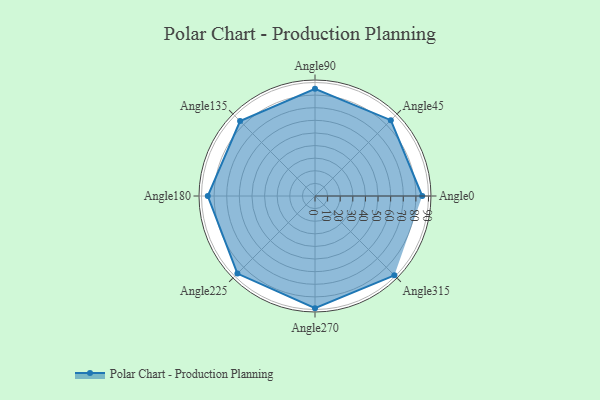
{"axis": {"x": "Angle", "y": "Radius"}, "legend": [""], "data": [{"x": "Angle0", "y": 85.0, "type": ""}, {"x": "Angle45", "y": 85.0, "type": ""}, {"x": "Angle90", "y": 85.0, "type": ""}, {"x": "Angle135", "y": 84.0, "type": ""}, {"x": "Angle180", "y": 85.0, "type": ""}, {"x": "Angle225", "y": 87.0, "type": ""}, {"x": "Angle270", "y": 89.0, "type": ""}, {"x": "Angle315", "y": 89.0, "type": ""}]}